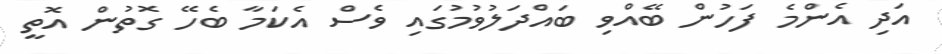
އަދި އެންމެ ފަހުން ބޭއްވި ބައްދަލުވުމުގައި ވެސް އެކަމާ ބެހޭ ގޮތުން އޮތީ